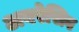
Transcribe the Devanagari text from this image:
अबरेसिव